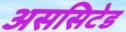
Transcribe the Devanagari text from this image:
अससिटेड